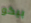
بيكو